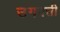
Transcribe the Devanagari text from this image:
उगवती